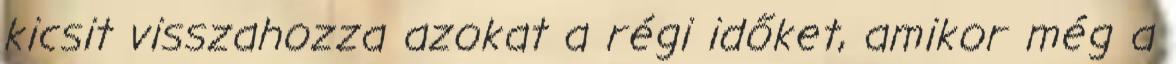
kicsit visszahozza azokat a régi időket, amikor még a